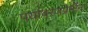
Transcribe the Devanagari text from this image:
पर्यावरणप्रेमींना